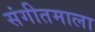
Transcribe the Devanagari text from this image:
संगीतमाला